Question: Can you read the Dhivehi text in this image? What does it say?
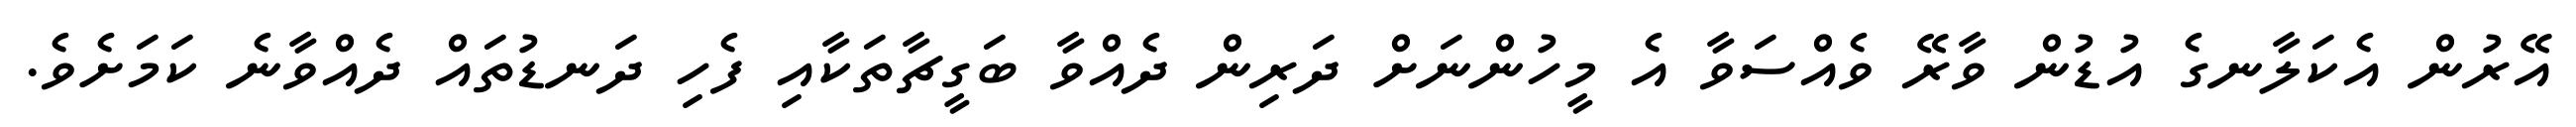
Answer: އޭރުން އެކަލާނގެ އުޑުން ވާރޭ ވެއްސަވާ އެ މީހުންނަށް ދަރިން ދެއްވާ ބަގީޗާތަކާއި ފެހި ދަނޑުތައް ދެއްވާނެ ކަމަށެވެ.